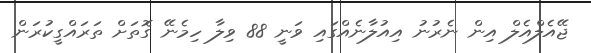
ޖޭއެލްއެލް އިން ނެރުނު އިއުލާނެއްގައި ވަނީ 88 ވިލާ ހިމެނޭ ގޮތަށް ތަރައްގީކުރަން